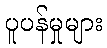
ပူပန်မှုများ